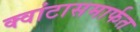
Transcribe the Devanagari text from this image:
क्वांटासमार्फत